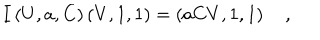
I \left( U , a , C \right) \left( V , 1 , 1 \right) = \left( a C V , 1 , 1 \right) \quad ,